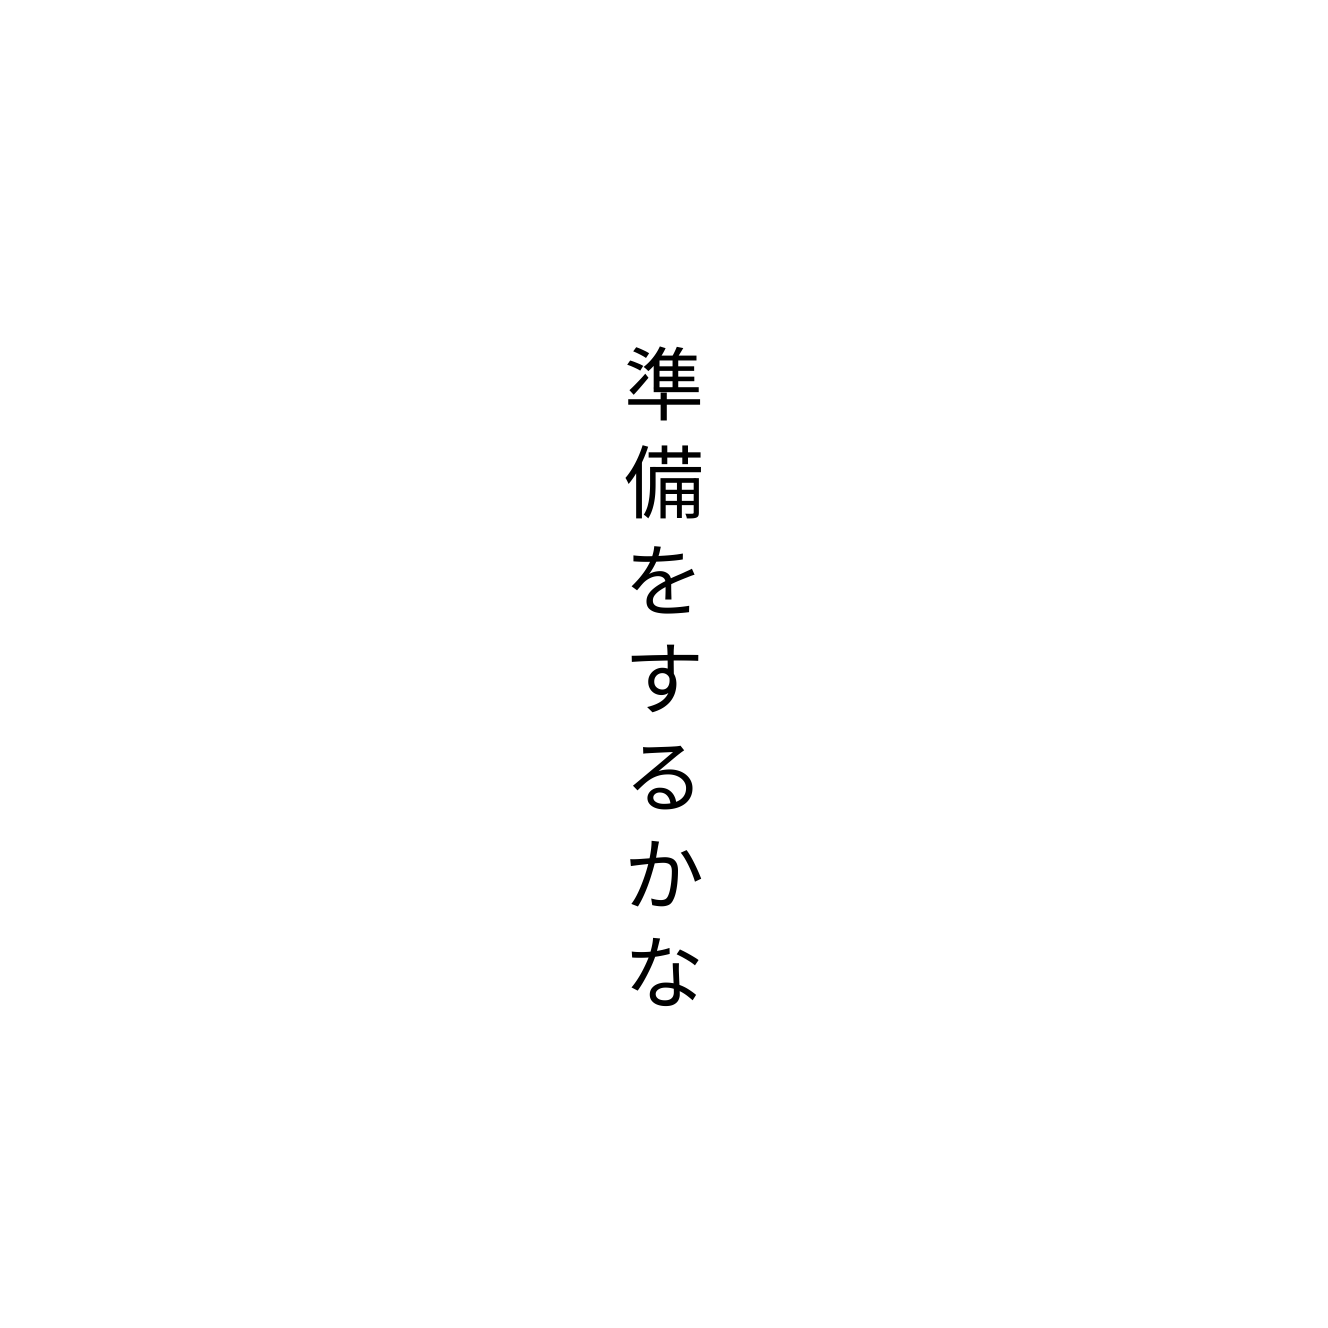
準備をするかな